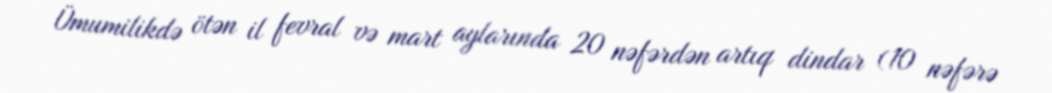
Ümumilikdə ötən il fevral və mart aylarında 20 nəfərdən artıq dindar (10 nəfərə